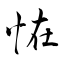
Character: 恠